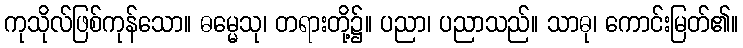
ကုသိုလ်ဖြစ်ကုန်သော။ ဓမ္မေသု၊ တရားတို့၌။ ပညာ၊ ပညာသည်။ သာဓု၊ ကောင်းမြတ်၏။